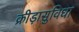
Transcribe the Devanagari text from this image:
क्रीड़ासुविधा